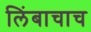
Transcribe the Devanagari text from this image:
लिंबाचाच